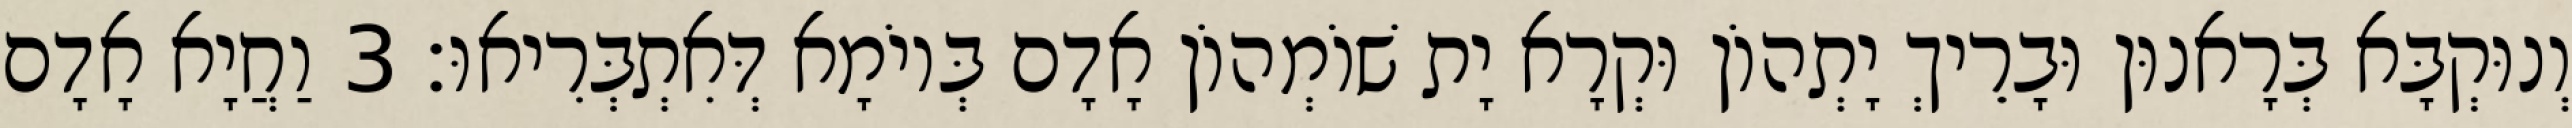
וְנוּקְבָּא בְּרָאנוּן וּבָרֵיךְ יָתְהוֹן וּקְרָא יָת שׁוֹמְהוֹן אָדָם בְּיוֹמָא דְּאִתְבְּרִיאוּ׃ 3 וַחֲיָא אָדָם